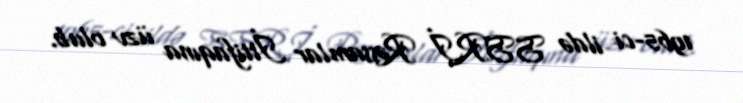
1965-ci ildə SSRİ Rəssamlar İttifaqına üzv olub.